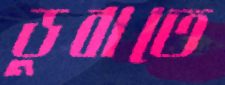
ডুবাতে